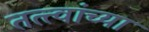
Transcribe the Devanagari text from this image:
तत्‍त्वांच्या